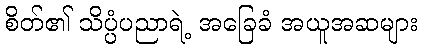
စိတ်၏ သိပ္ပံပညာရဲ့ အခြေခံ အယူအဆများ